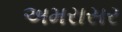
અમરાસર